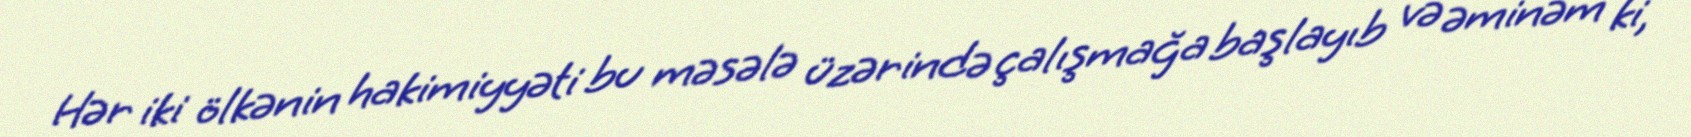
Hər iki ölkənin hakimiyyəti bu məsələ üzərində çalışmağa başlayıb və əminəm ki,